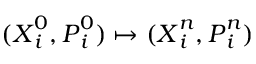
( \ensuremath { \boldsymbol { X } } _ { i } ^ { 0 } , \ensuremath { \boldsymbol { P } } _ { i } ^ { 0 } ) \mapsto ( \ensuremath { \boldsymbol { X } } _ { i } ^ { n } , \ensuremath { \boldsymbol { P } } _ { i } ^ { n } )